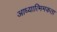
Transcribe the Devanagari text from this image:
आध्यात्मिमकता